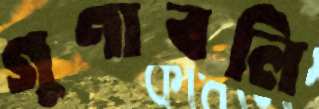
গুণাবলি